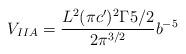
LaTeX: \begin{align*}V_{IIA}=\frac{L^2(\pi c')^2 \Gamma{5/2}}{2\pi^{3/2}}b^{-5}\end{align*}